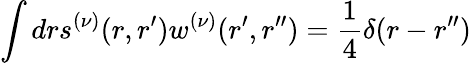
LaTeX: \int drs^{(\nu)}(r,r^{\prime})w^{(\nu)}(r^{\prime},r^{\prime\prime})=\frac 14\delta(r-r^{\prime\prime})